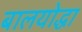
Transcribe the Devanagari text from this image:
बालयोद्धा